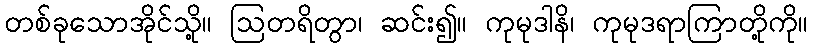
တစ်ခုသောအိုင်သို့။ ဩတရိတွာ၊ ဆင်း၍။ ကုမုဒါနိ၊ ကုမုဒရာကြာတို့ကို။